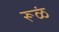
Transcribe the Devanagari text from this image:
रूळं